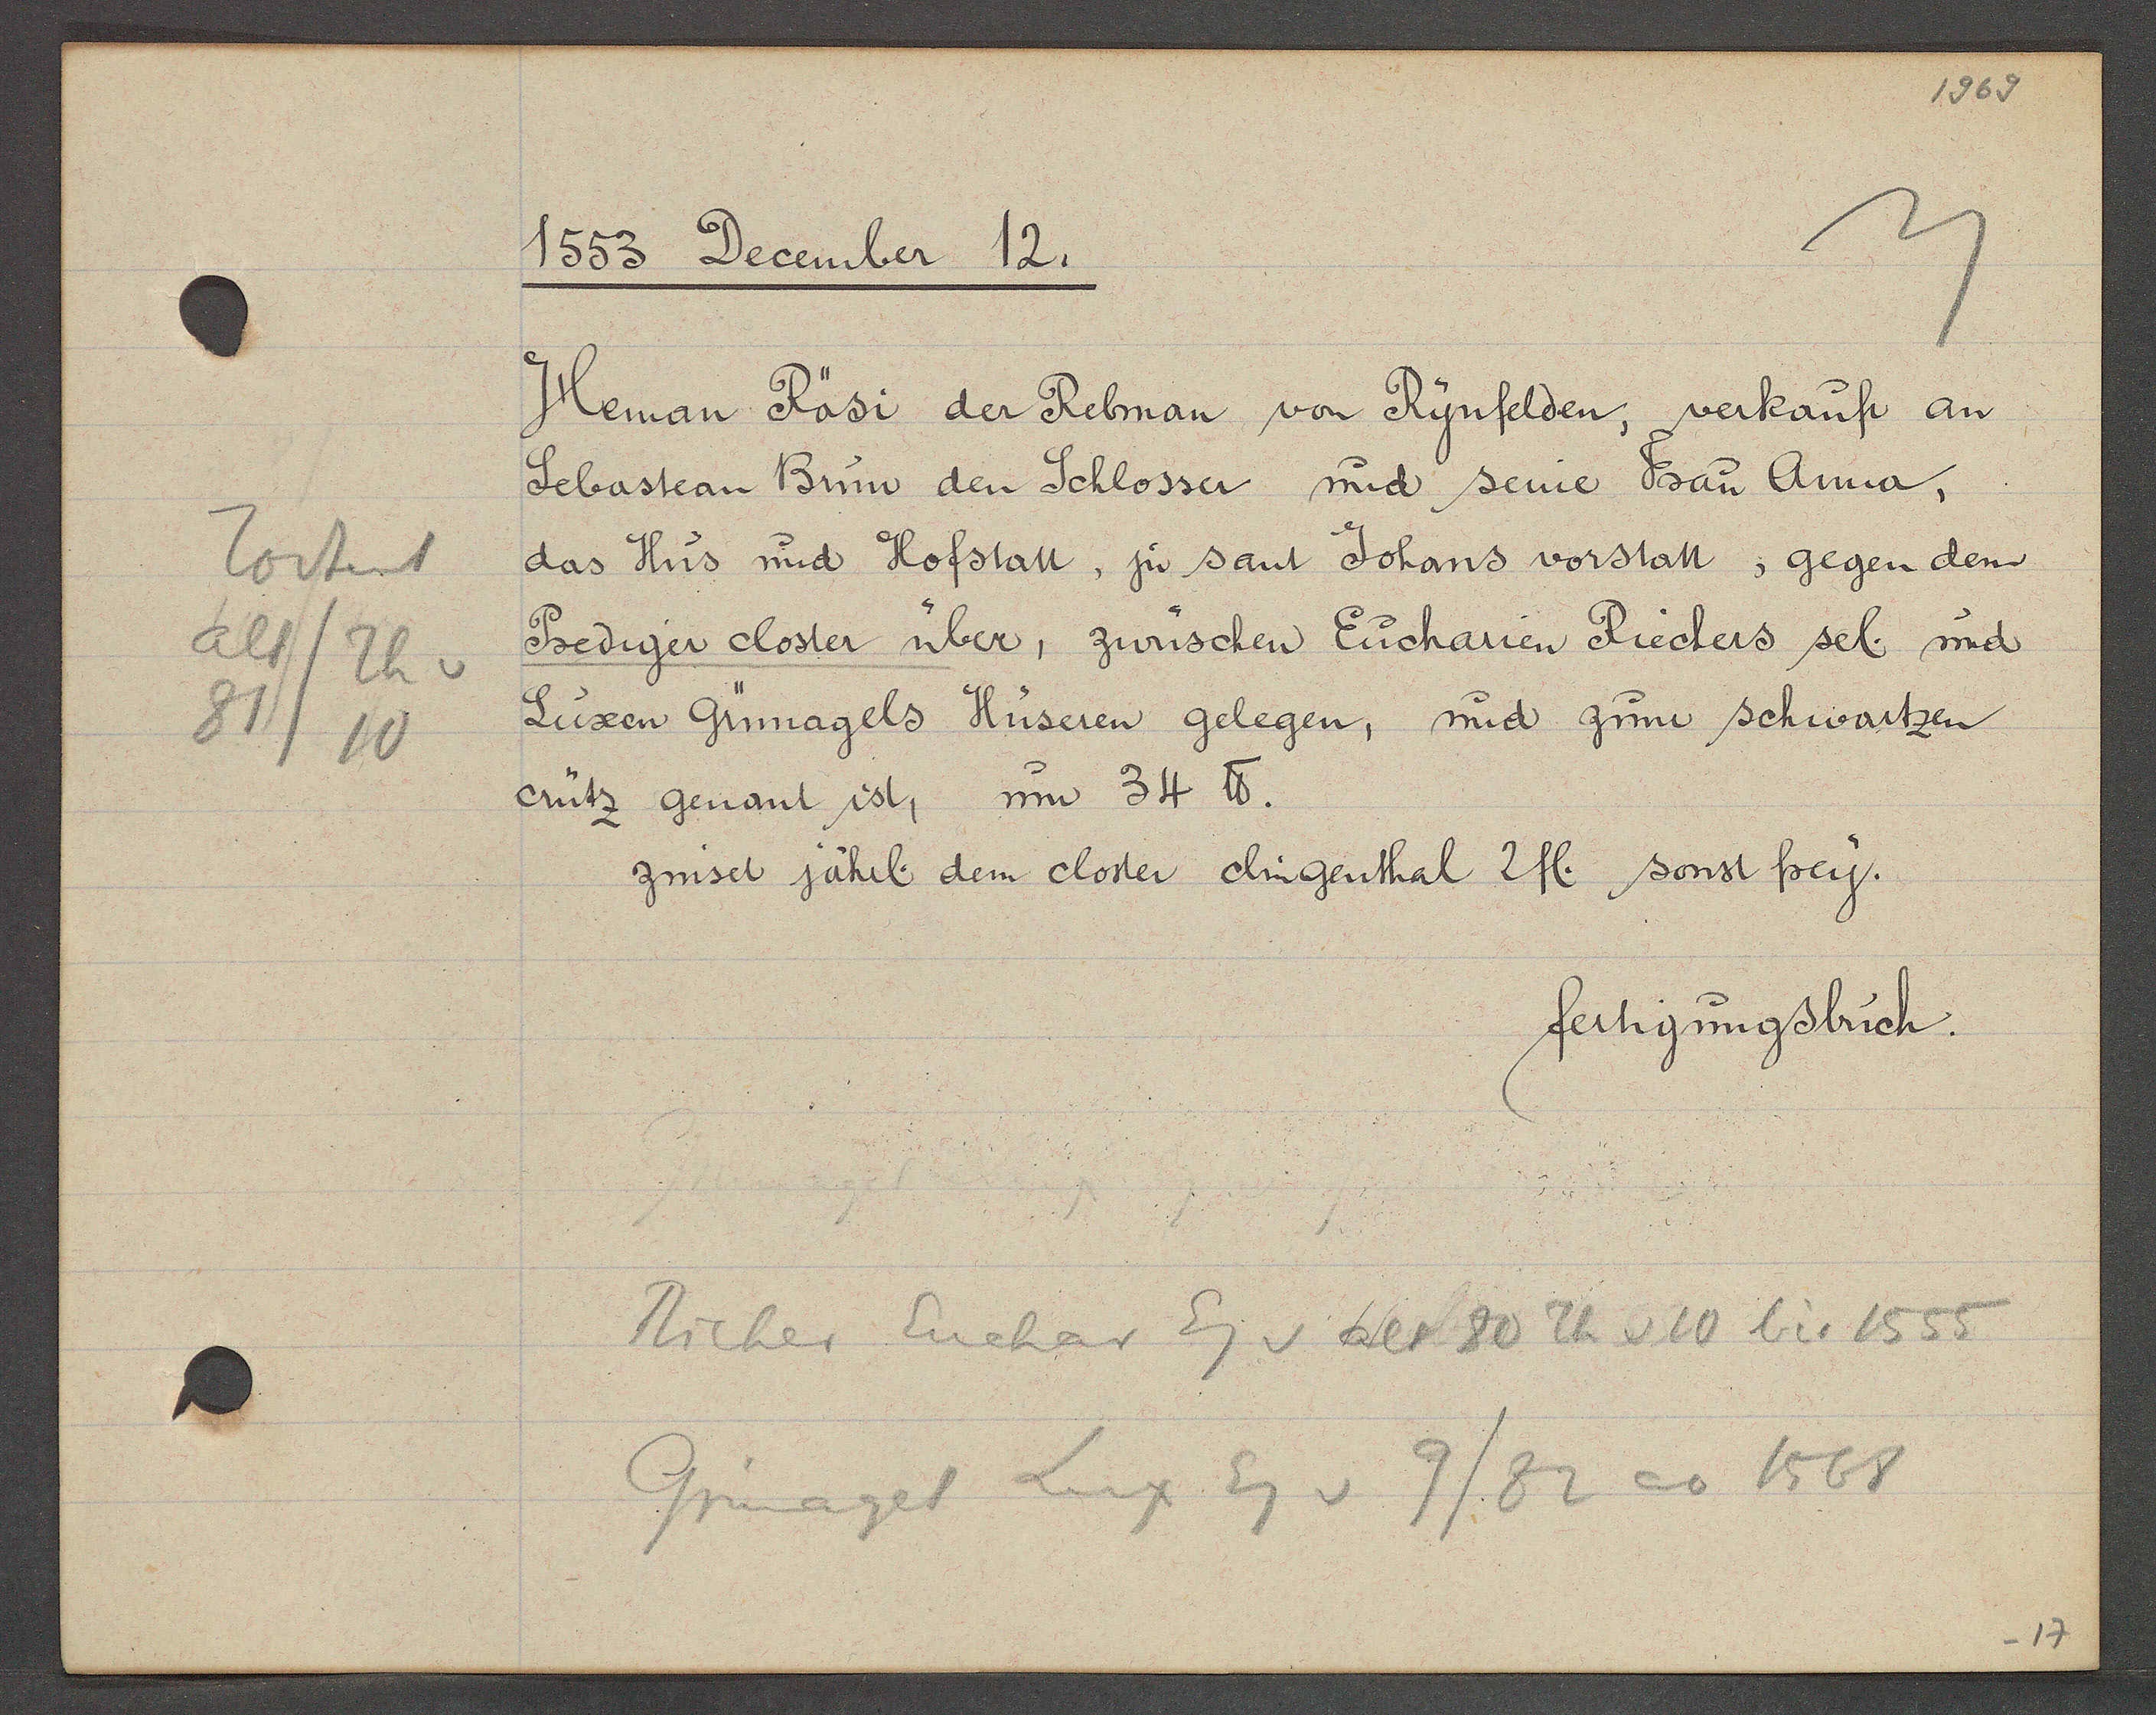
Transcript:
Todtent
alt/ Th v
10
81

1553 December 12.

Heman Rösi der Rebman von Rynfelden, verkauft an
Sebastean Brum den Schlosser und seine Frau Anna,
das Hus und Hofstatt, zu sant Johans vorstatt, gegen dem
Prediger closter über, zwüschen Eucharien Riechers sel. und
Luxen Günagels Hüseren gelegen, und zum schwartzen
crütz genant ist, um 34 ℔.
zinset jährl. dem closter clingenthal 2 fl. sonst frey.

fertigungsbuch.

Richer Eucher Eg v als 80 Th v 10 bis 1555
v 9/82 ao 1568
Grinagel
Lux